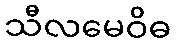
သီလမေဝိဓ